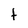
Character: t